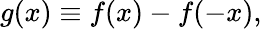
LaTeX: \begin{array}{r}{g(x)\equiv f(x)-f(-x),}\end{array}